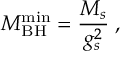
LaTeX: M _ { \mathrm { B H } } ^ { \mathrm { m i n } } = \frac { M _ { s } } { g _ { s } ^ { 2 } } \; ,